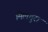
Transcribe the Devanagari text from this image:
मिलदुरा